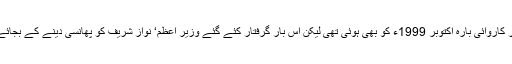
اسی طرح کی ایک اور کاروائی بارہ اکتوبر 1999ء کو بھی ہوئی تھی لیکن اس بار گرفتار کئے گئے وزیر اعظم‘ نواز شریف کو پھانسی دینے کے بجائے ملک بدر کر دیا گیا۔